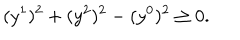
( y ^ { 1 } ) ^ { 2 } + ( y ^ { 2 } ) ^ { 2 } - ( y ^ { 0 } ) ^ { 2 } \geq 0 .